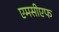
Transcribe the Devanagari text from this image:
एमसीएफ